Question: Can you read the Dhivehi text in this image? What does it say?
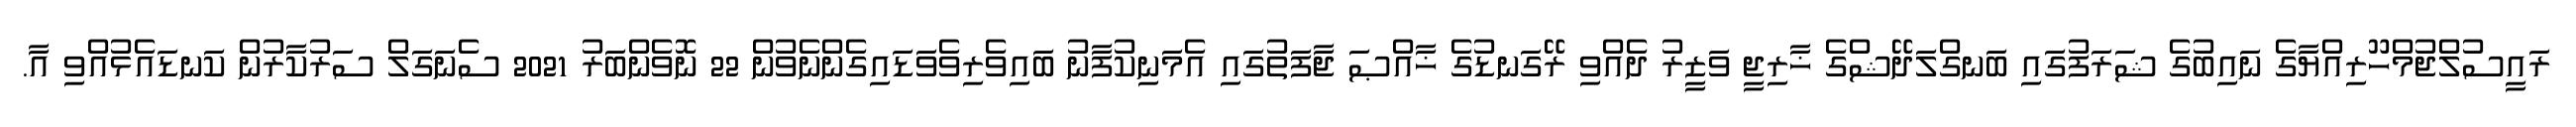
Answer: ރައީސުލްޖުމްހޫރިއްޔާގެ ނައިބުގެ ޝަރަފުގައި ބަނގްލަދޭޝްގެ ޚާރިޖީ ވަޒީރު ދެއްވި ރޭގަނޑުގެ ޚާއްޞަ ޖާފަތުގައި އެމަނިކުފާނު ބައިވެރިވެވަޑައިގެންނެވުން 22 ނޮވެންބަރު 2021 ސެނަގަލް ސަރުކާރުން ކަނޑައެޅުއްވި އާ.